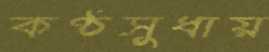
কণ্ঠসুধায়